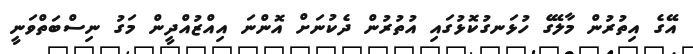
އޭގެ އިތުރުން މާލޭގެ ހުޅަނގުކޮޅުގައި އުތުރުން ދެކުނަށް އޮންނަ އިއްޒުއްދީން މަގު ނިސްބަތްވަނީ